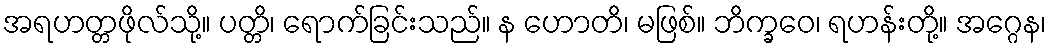
အရဟတ္တဖိုလ်သို့။ ပတ္တိ၊ ရောက်ခြင်းသည်။ န ဟောတိ၊ မဖြစ်။ ဘိက္ခဝေ၊ ရဟန်းတို့။ အဂ္ဂေန၊